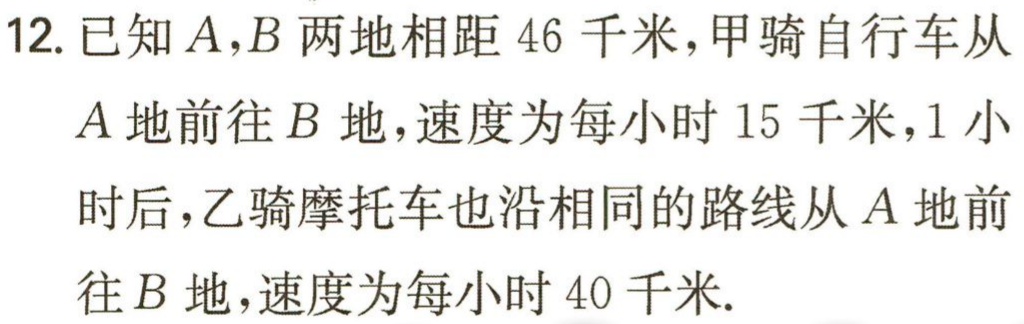
12. 已知\(A,B\)两地相距\(46\)千米，甲骑自行车从\(A\)地前往\(B\)地，速度为每小时\(15\)千米，\(1\)小时后，乙骑摩托车也沿相同的路线从\(A\)地前往\(B\)地，速度为每小时\(40\)千米.